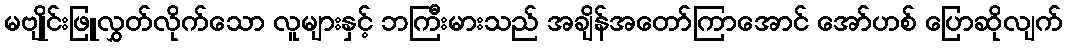
မဗျိုင်းဖြူလွှတ်လိုက်သော လူများနှင့် ဘကြီးမားသည် အချိန်အတော်ကြာအောင် အော်ဟစ် ပြောဆိုလျက်